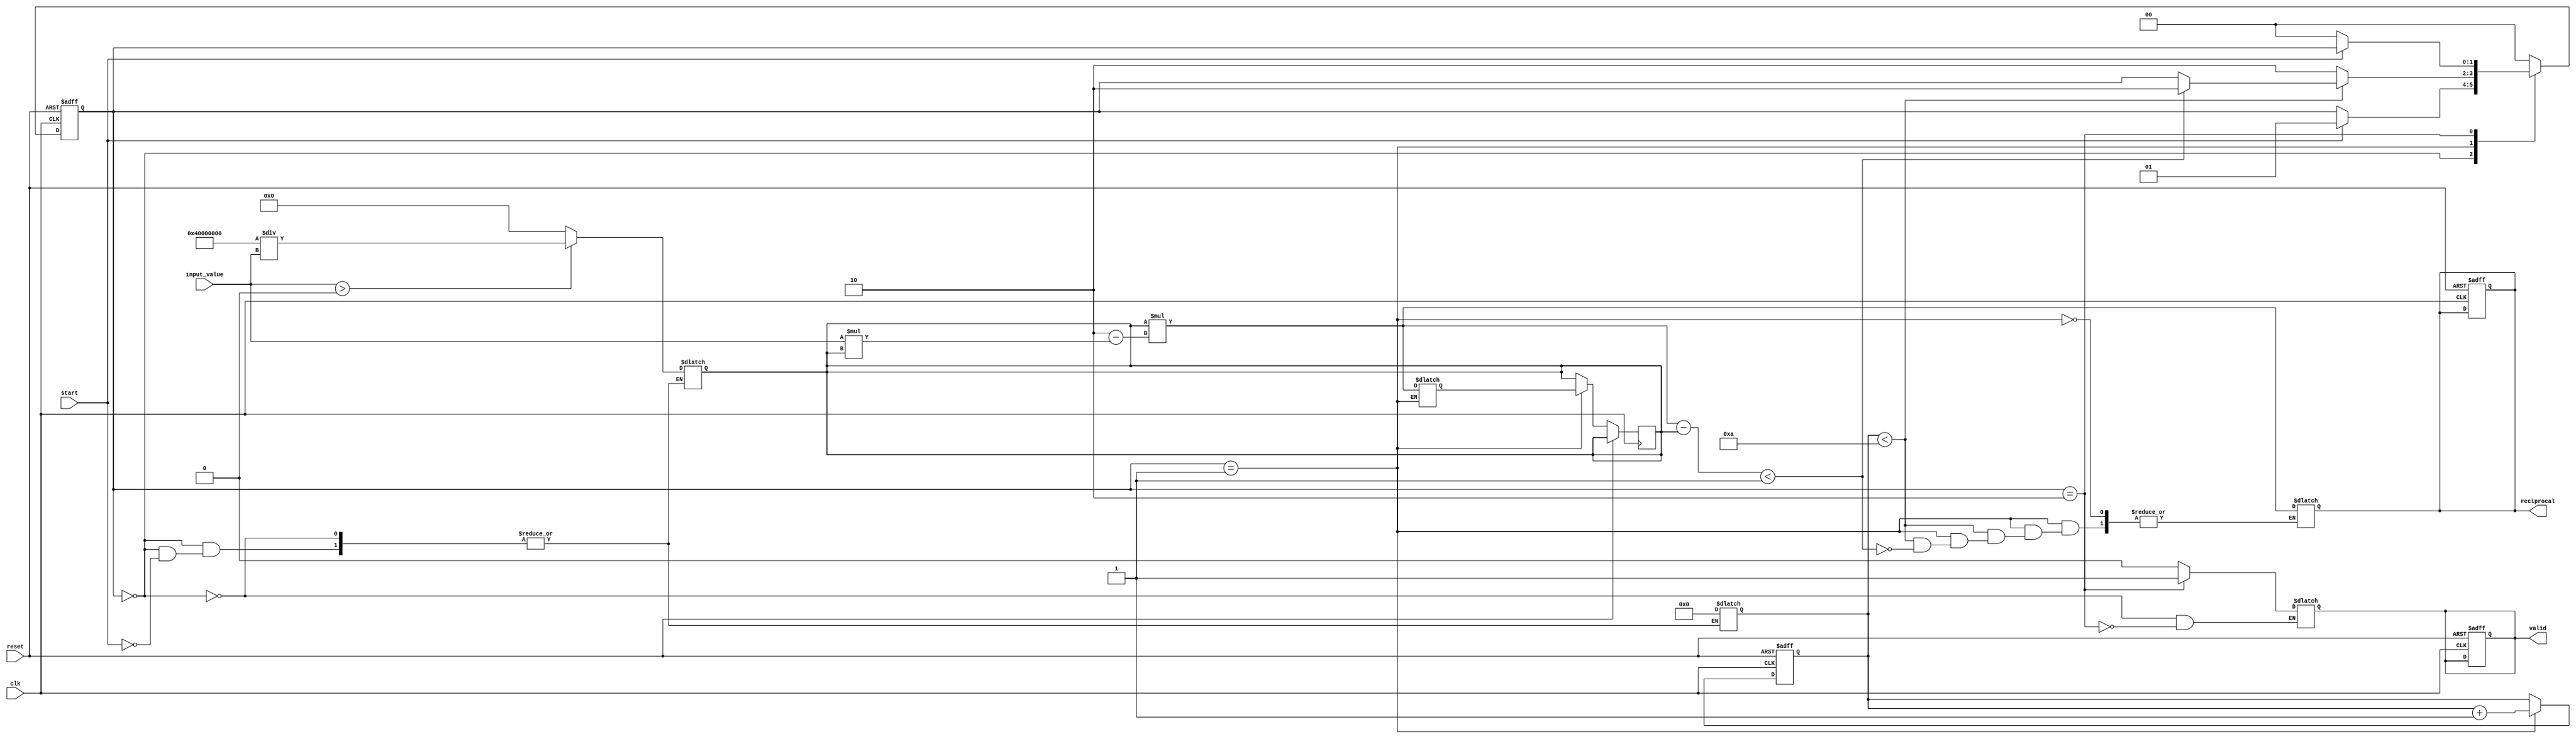
module newton_raphson_reciprocal #(
    parameter DATA_WIDTH = 32, // Width for fixed-point representation
    parameter MAX_ITERATIONS = 10,
    parameter EPSILON = 32'h00000001 // A small threshold for convergence
)(
    input wire [DATA_WIDTH-1:0] input_value,
    input wire start,
    input wire clk,
    input wire reset,
    output reg [DATA_WIDTH-1:0] reciprocal,
    output reg valid
);

    // State encoding
    localparam IDLE = 2'b00;
    localparam COMPUTING = 2'b01;
    localparam DONE = 2'b10;

    reg [1:0] state, next_state;
    reg [DATA_WIDTH-1:0] x_n;           // Current estimate
    reg [DATA_WIDTH-1:0] x_n_next;      // Next estimate
    reg [7:0] iteration_count;           // Counter for iterations
    reg [DATA_WIDTH-1:0] input_sq;       // Input value squared

    // Initial guess calculation based on input_value
    function [DATA_WIDTH-1:0] initial_guess;
        input [DATA_WIDTH-1:0] value;
        begin
            // A simple initial guess could be a constant or a function based on input
            initial_guess = (value > 0) ? (32'h00000001 << (DATA_WIDTH - 2)) / value : 0; // For example, using 1/x as an approximation
        end
    endfunction

    always @(posedge clk or posedge reset) begin
        if (reset) begin
            state <= IDLE;
            valid <= 0;
            iteration_count <= 0;
            reciprocal <= 0;
        end else begin
            state <= next_state;
            // Update current approximation and iteration count
            if (state == COMPUTING) begin
                x_n <= x_n_next;
                iteration_count <= iteration_count + 1;
            end
        end
    end

    always @* begin
        next_state = state;
        case (state)
            IDLE: begin
                valid = 0; // Output is not valid in IDLE
                if (start) begin
                    x_n = initial_guess(input_value); // Start with an initial guess
                    iteration_count = 0;
                    next_state = COMPUTING;
                end
            end
            
            COMPUTING: begin
                // Newton-Raphson update: x_{n+1} = x_n * (2 - input_value * x_n)
                x_n_next = x_n * (DATA_WIDTH'h2 - input_value * x_n);
                
                // Check for convergence
                if (iteration_count < MAX_ITERATIONS) begin
                    if (x_n_next - x_n < EPSILON) begin
                        reciprocal = x_n_next; // Set the final reciprocal
                        next_state = DONE; // Move to DONE state
                    end
                end else begin
                    reciprocal = x_n_next; // Just return the current approximation if max iterations
                    next_state = DONE; // Move to DONE state
                end
            end
            
            DONE: begin
                valid = 1; // Output is valid
                if (!start) begin
                    next_state = IDLE; // Reset to IDLE on start signal low
                end
            end
            
            default: begin
                next_state = IDLE; // Default to IDLE state
            end
        endcase
    end

endmodule